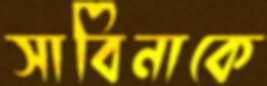
সাবিনাকে